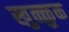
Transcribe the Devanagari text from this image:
खुळ्ळुक